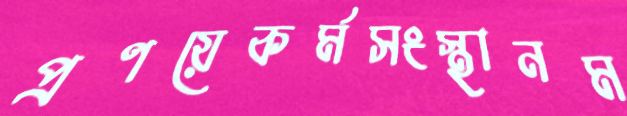
প্রণয়েকর্মসংস্থানম